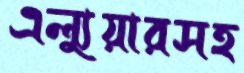
এল্যুয়ারসহ